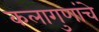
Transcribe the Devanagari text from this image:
कलागुणांचे